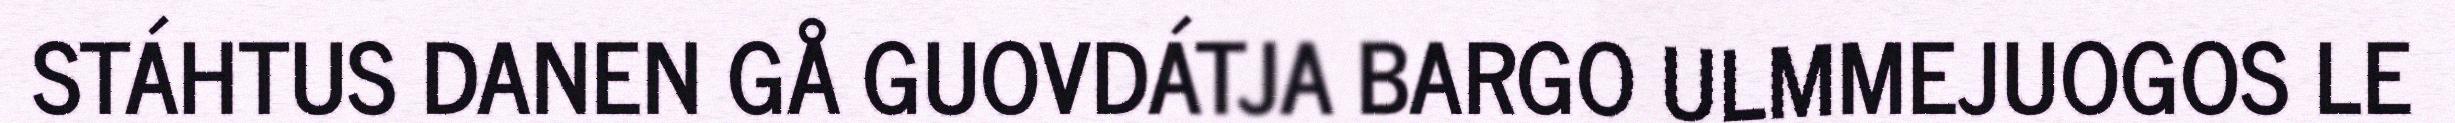
STÁHTUS DANEN GÅ GUOVDÁTJA BARGO ULMMEJUOGOS LE